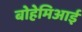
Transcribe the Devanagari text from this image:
बोहेमिआई